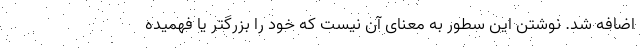
اضافه شد. نوشتن این سطور به معنای آن نیست که خود را بزرگتر یا فهمیده